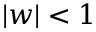
| w | < 1